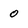
Character: 0